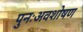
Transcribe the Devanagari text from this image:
पुनःअवशोषण